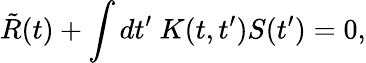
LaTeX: \tilde{R}(t)+\int dt^{\prime}\ K(t,t^{\prime})S(t^{\prime})=0,